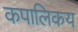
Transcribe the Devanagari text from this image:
कपालिकय